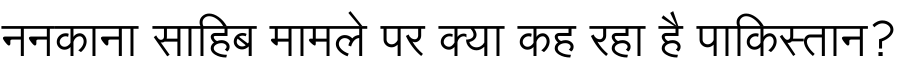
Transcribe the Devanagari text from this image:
ननकाना साहिब मामले पर क्या कह रहा है पाकिस्तान?